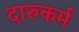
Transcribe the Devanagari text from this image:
दारुकर्म